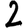
Digit: 2